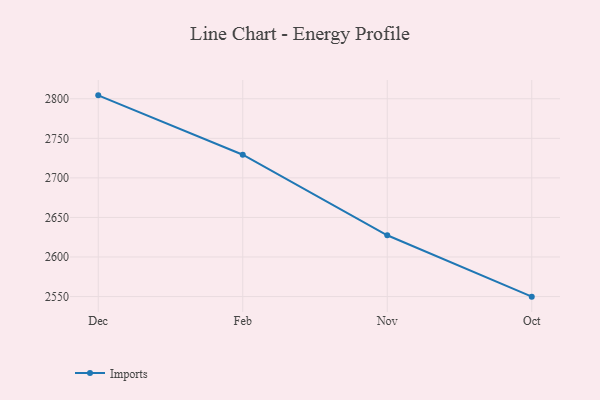
{"axis": {"x": "Month", "y": "Page Views"}, "legend": ["Imports"], "data": [{"x": "Dec", "y": 2804.3, "type": "Imports"}, {"x": "Feb", "y": 2729.3, "type": "Imports"}, {"x": "Nov", "y": 2627.5, "type": "Imports"}, {"x": "Oct", "y": 2549.9, "type": "Imports"}]}